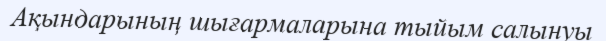
Ақындарының шығармаларына тыйым салынуы